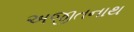
અજીતનાથ